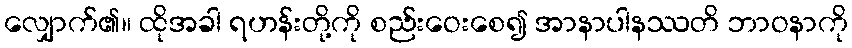
လျှောက်၏။ ထိုအခါ ရဟန်းတို့ကို စည်းဝေးစေ၍ အာနာပါနဿတိ ဘာဝနာကို